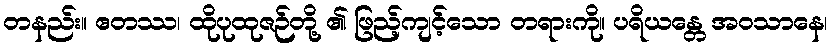
တနည်း။ ဧတဿ၊ ထိုပုထုဇဉ်တို့ ၏ ဖြည့်ကျင့်သော တရားကို။ ပရိယန္တေ အဝသာနေ၊